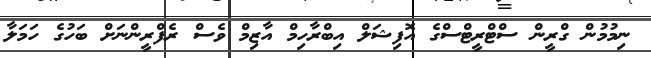
ނިމުމުން ގްރީން ސްޓްރީޓްސްގެ އޮފިޝަލް އިބްރާހިމް އާޒިމް ވެސް ރެފްރީންނަށް ބަހުގެ ހަމަލާ